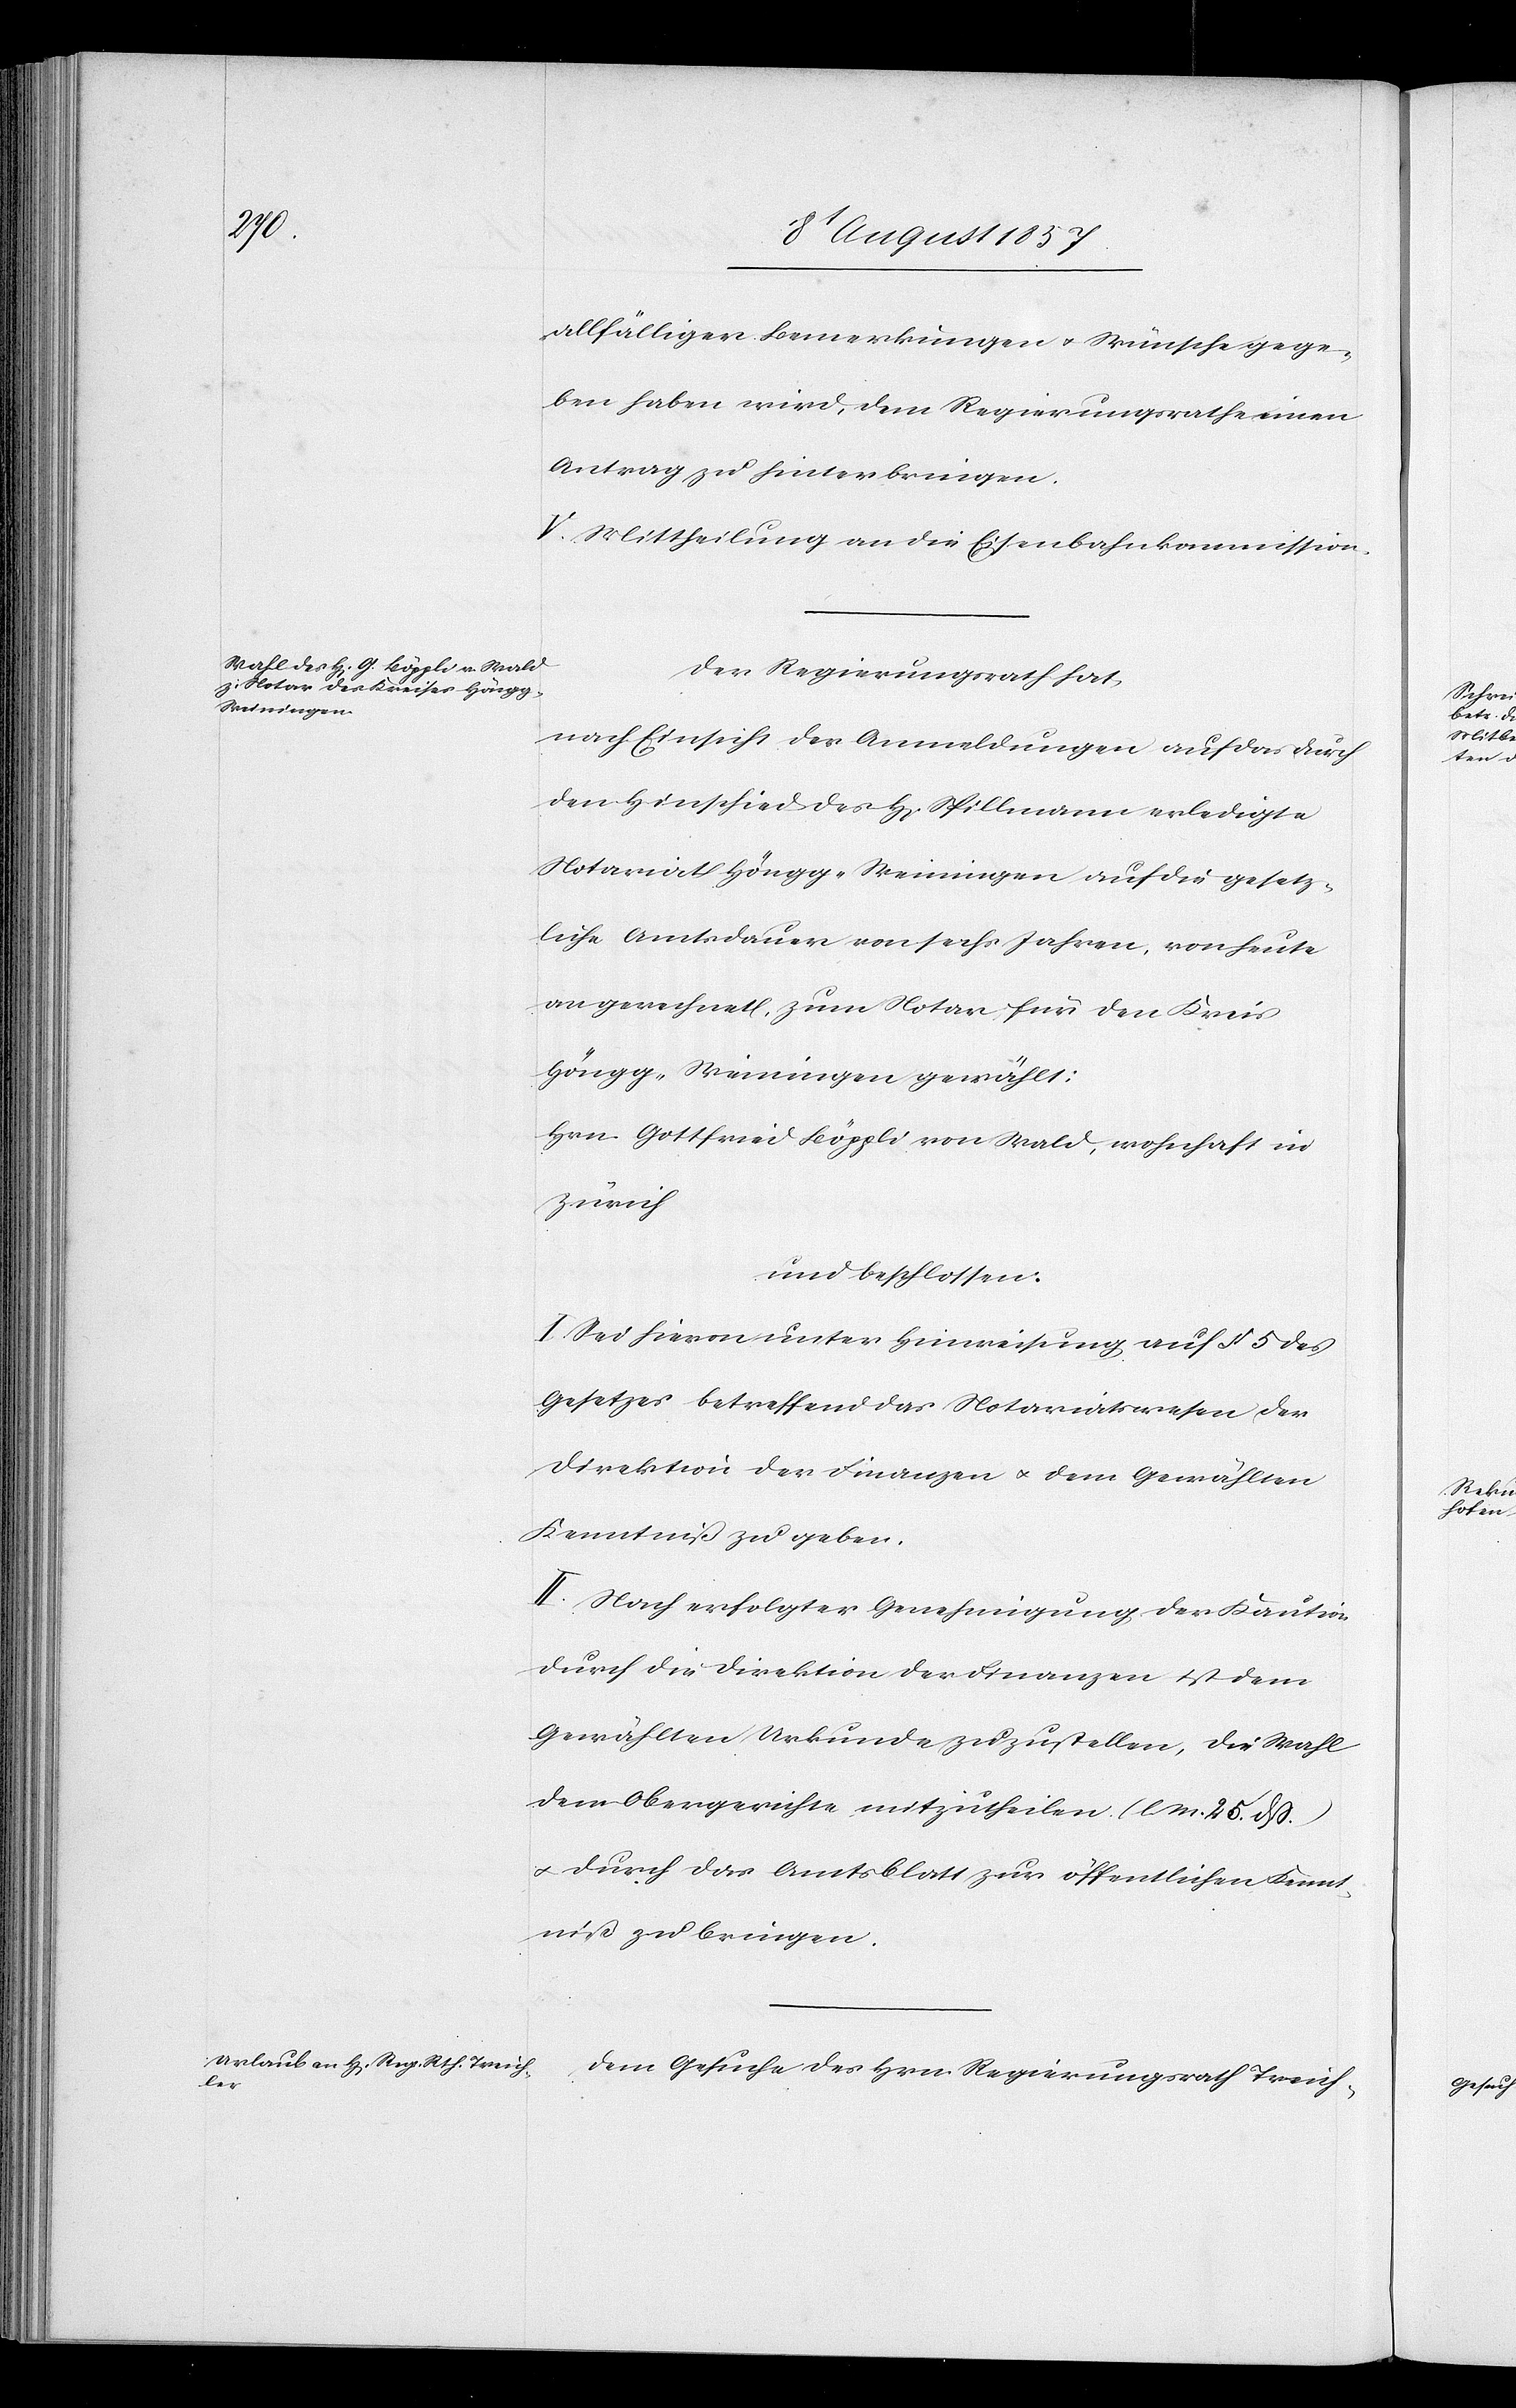
allfälliger Bemerkungen & Wünsche gege¬
ben haben wird, dem Regierungsrathe einen
Antrag zu hinterbringen.
V. Mittheilung an die Eisenbahnkommission.
Der Regierungsrath hat,
nach Einsicht der Anmeldungen auf das durch
den Hinschied des H[errn] Spillmann erledigte
Notariat Höngg-Weiningen auf die gesetz¬
liche Amtsdauer von sechs Jahren, von heute
an gerechnet, zum Notar für den Kreis
Höngg-Weiningen gewählt:
Hrn. Gottfried Böppli von Wald, wohnhaft in
Zürich
und beschlossen:
I. Sei hievon unter Hinweisung auf § 5 des
Gesetzes betreffend das Notariatswesen der
Direktion der Finanzen & dem Gewählten
Kenntniß zu geben.
II. Nach erfolgter Genehmigung der Kaution
durch die Direktion der Finanzen ist dem
Gewählten Urkunde zuzustellen, die Wahl
dem Obergerichte mitzutheilen [l. M. 25 dß.]
& durch das Amtsblatt zur öffentlichen Kennt¬
niß zu bringen.
Dem Gesuche des Hrn. Regierungsrath Treich-